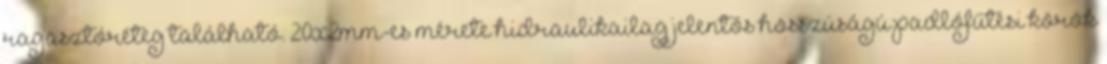
ragasztóréteg található. 20x2mm-es mérete hidraulikailag jelentős hosszúságú padlófűtési körök